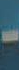
-